Annual administration and progress report of the Indian Medical Department, Bombay
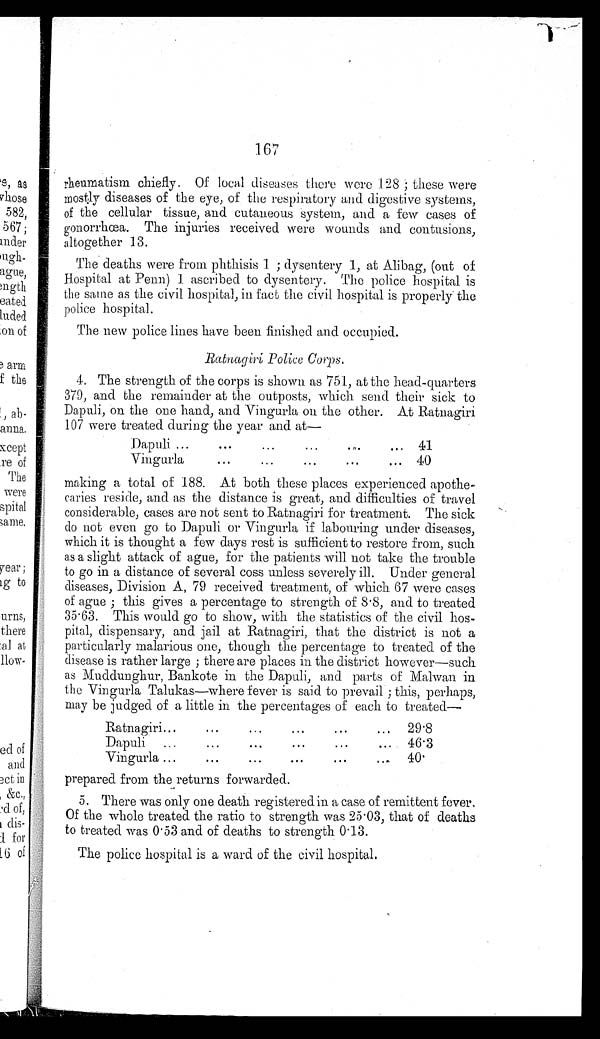
167
rheumatism chiefly. Of local diseases there were 128; these were
mostly diseases of the eye, of the respiratory and digestive systems,
of the cellular tissue, and cutaneous system, and a few cases of
gonorrhœa. The injuries received were wounds and contusions,
altogether 13.
The deaths were from phthisis 1; dysentery 1, at Alibag, (out of
Hospital at Penn) 1 ascribed to dysentery. The police hospital is
the same as the civil hospital, in fact the civil hospital is properly the
police hospital.
The new police lines have been finished and occupied.
Ratnagiri Police Corps.
4. The strength of the corps is shown as 751, at the head-quarters
379, and the remainder at the outposts, which send their sick to
Dapuli, on the one hand, and Vingurla on the other. At Ratnagiri
107 were treated during the year and at—
Dapuli . . .
41
Vingurla . . .
40
making a total of 188. At both these places experienced apothe
-caries reside, and as the distance is great, and difficulties of travel
considerable, cases are not sent to Ratnagiri for treatment. The sick
do not even go to Dapuli or Vingurla if labouring under diseases,
which it is thought a few days rest is sufficient to restore from, such
as a slight attack of ague, for the patients will not take the trouble
to go in a distance of several coss unless severely ill. Under general
diseases, Division A, 79 received treatment, of which 67 were cases
of ague; this gives a percentage to strength of 8.8, and to treated
35.63. This would go to show, with the statistics of the civil hos
-pital, dispensary, and jail at Ratnagiri, that the district is not a
particularly malarious one, though the percentage to treated of the
disease is rather large; there are places in the district however—such
as Muddunghur, Bankote in the Dapuli, and parts of Malwan in
the Vingurla Talukas—where fever is said to prevail; this, perhaps,
may be judged of a little in the percentages of each to treated
—
R a t n a g i r i . . .
29 .8
Dapuli . . .
46. 3
Vingurla . . .
40.
prepared from the returns forwarded.
5. There was only one death registered in a case of remittent fever.
Of the whole treated the ratio to strength was 25.03, that of deaths
to treated was 0.53 and of deaths to strength 0.13.
The police hospital is a ward of the civil hospital.